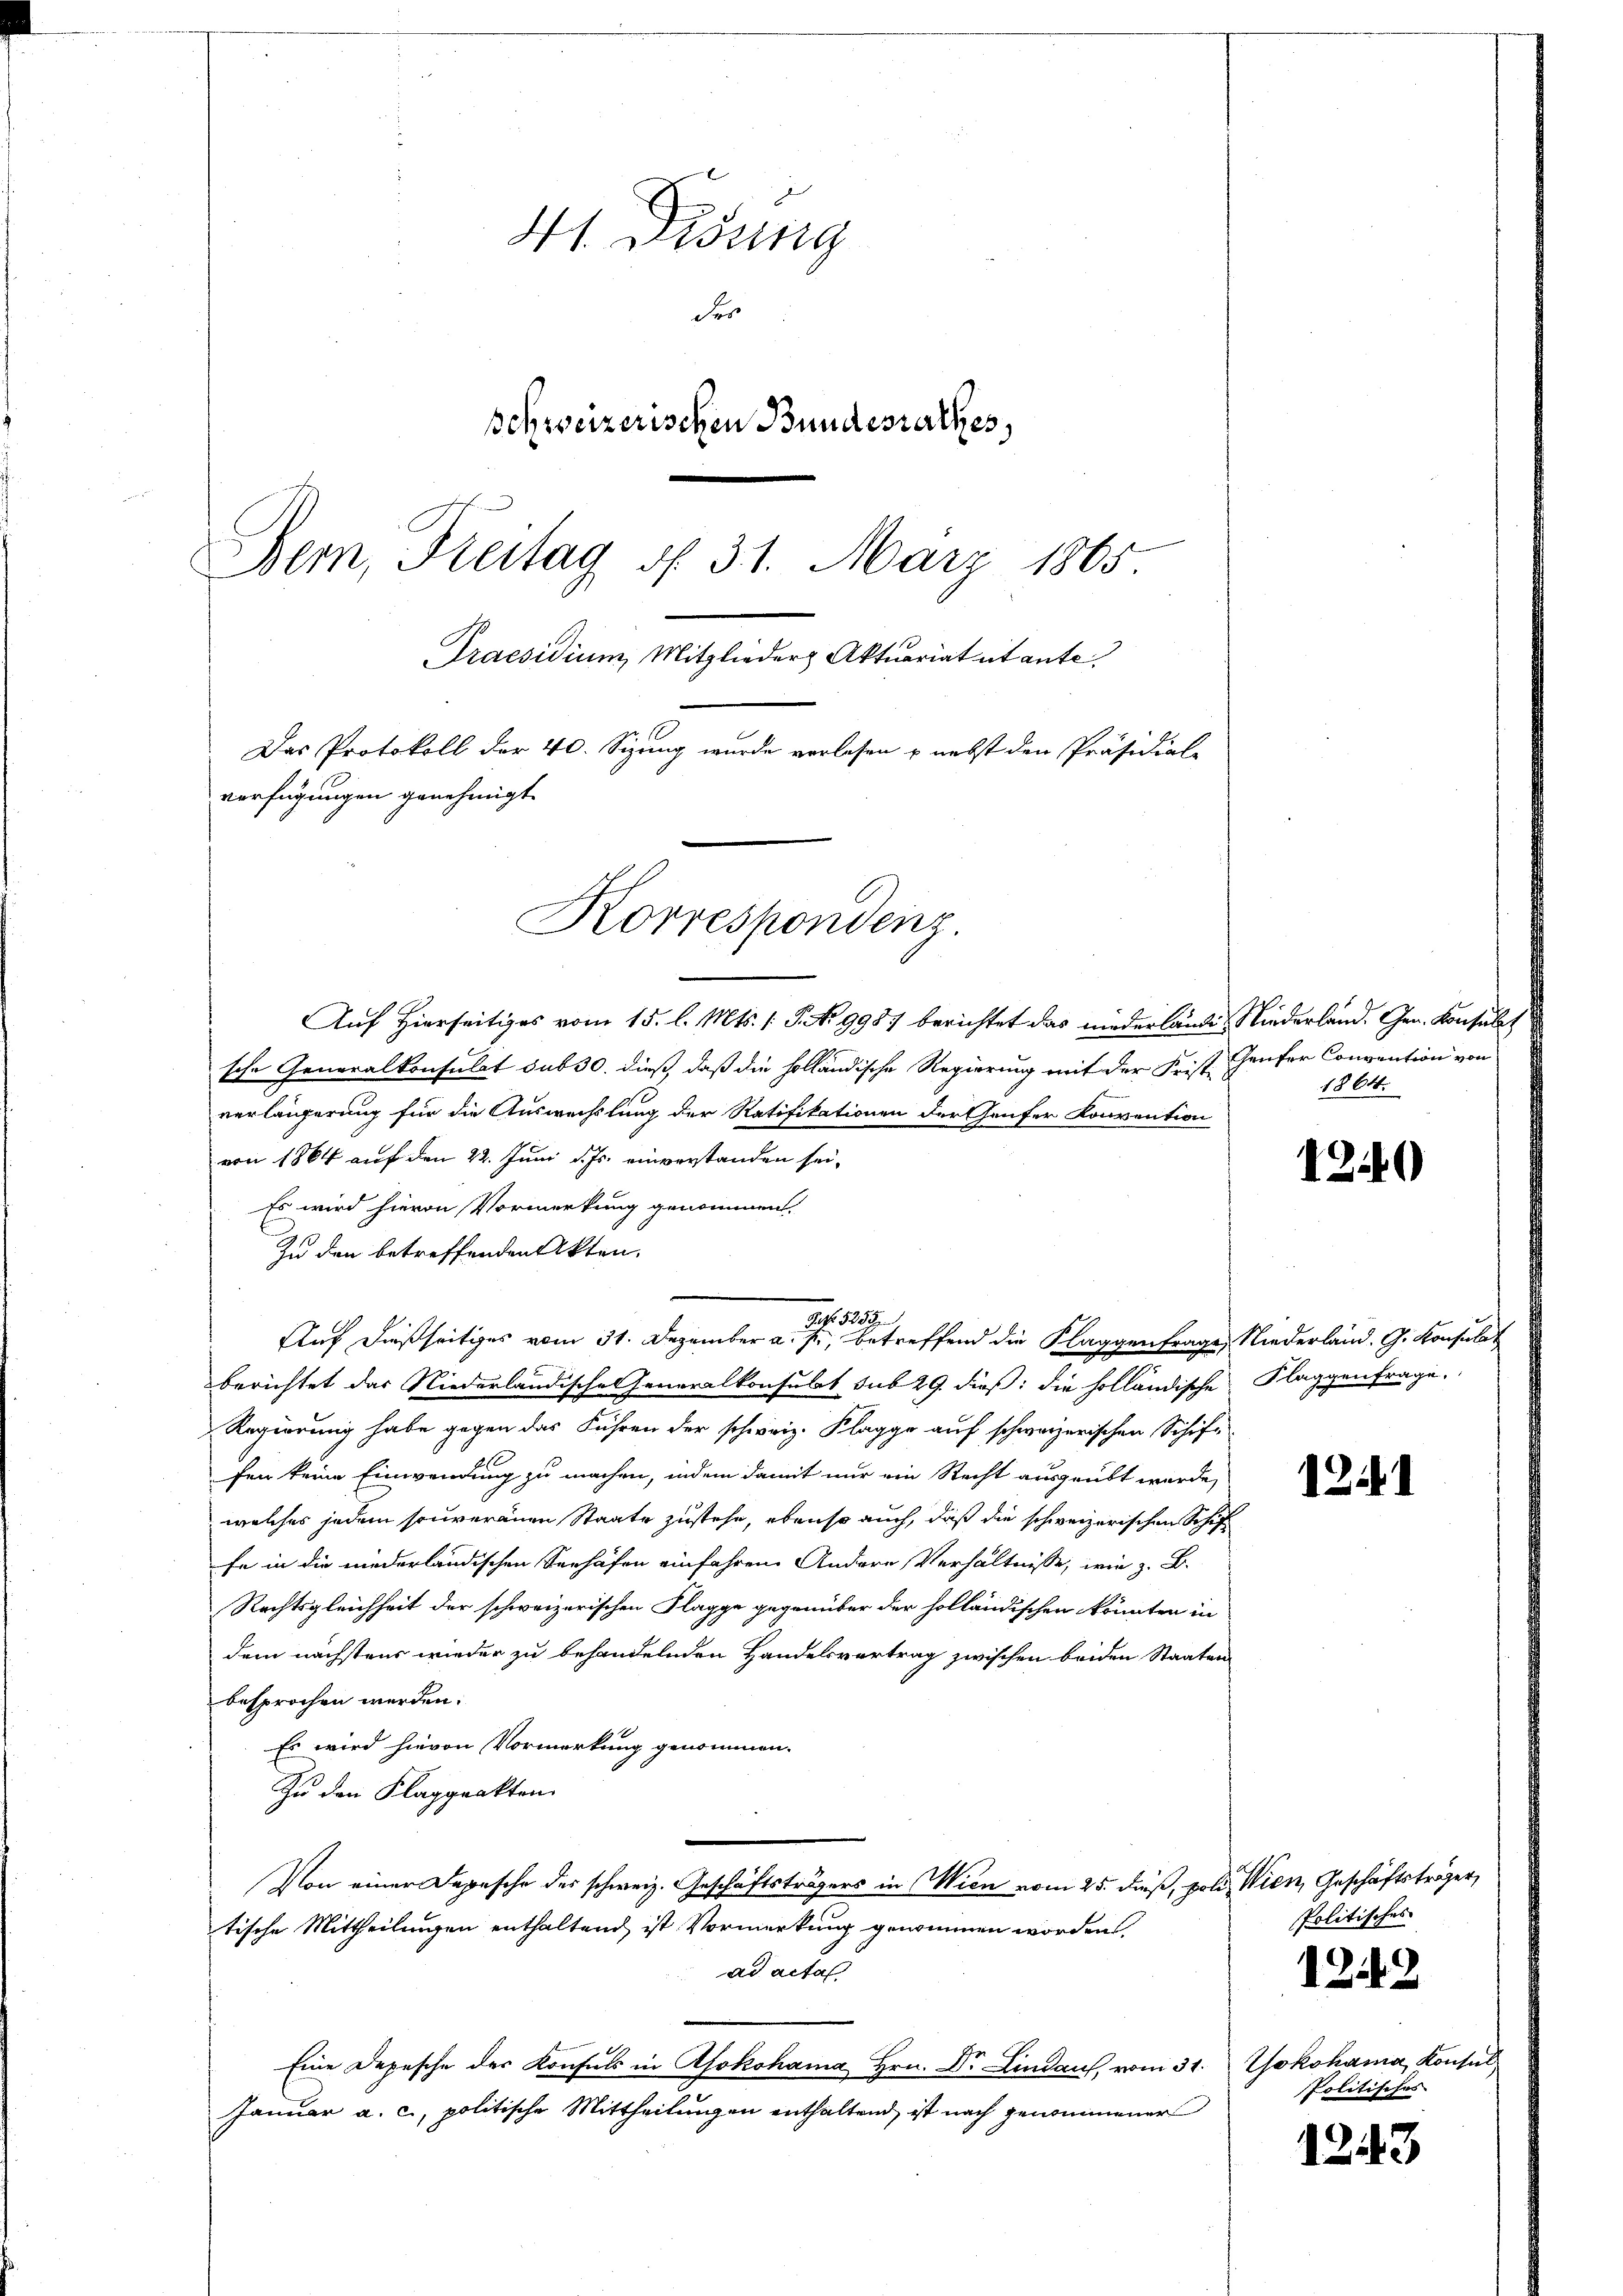
41. Disung
der
schweizerischen Bundesrathes,
Bem, Freitag d. 31. März 1865.
Praesidium, Mitglieder Aktuariateritante
Das Protokoll der 40. Sizung wurde verlesen & nebst den Präsidiale
verfügungen genehmigt.

Auf Hierseitiges vom 15. l. Mts. 1 S. No 9987 berichtet das niederlände Niederland. Gen. Konsult
sche Generalkonsulat sub 30. dieß, daß die holländische Regierung mit der Frist Genfer Convention von
verlängerung für die Auswechslung der Ratifikationen der Genfer Konvention
von 1864 auf den 22. Juni d. Js. einverstanden sei.
Es wird hievon Vormerkung genommen.
Zu den betreffenden Akten.
berichtet das Niederländische Generalkonsulat sub 29. dieß: die holländische Flaggenfrage.
Regierung habe gegen das Führen der schweiz. Klagge auf schweizerischen Schiffen keine Einwendung zu machen, indem damit nur ein Recht ausgeübt wurde,
welches jedem souveränen Staate zustehe, ebenso auch, daß die schweizerischen Schif
fe in die niederländischen Seehafen einfahren. Andere Verhältnisse, wie z. B.
Rechtsgleichheit der schweizerischen Klappe gegenüber der holländischen könnten in
dem nächstens wieder zu behandelnden Handelsvertrag zwischen beiden Staaten
besprochen werden.
Es wird hievon Vormerkung genommen.
Zu den Klagprakten
Von einer Depesche des schweiz. Geschäftsträgers in Wien vom 25. dieß, poli, Wien, Geschäftsträger,
tische Mittheilungen enthaltend ist Vormerkung genommen worden,
ad acta
e
Eine Depesche der Konfels in Afokohama Hrn. Dr. Lindau, vom 31. Yokohama, Konsul¬
Januar a. c., politische Mittheilungen enthaltend, ist nach genommener

Korrespondenz

Art. 5255.
Auf dießseitiges vom 31. Dezember a. f., betreffend die Klaggenfrage, Niederland. G. Konsulat

1864.

4240

12.1

Politisches

1242

Politisches

1243